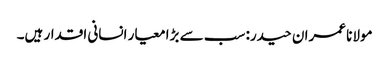
مولانا عمران حیدر: سب سے بڑا معیار انسانی اقدار ہیں۔